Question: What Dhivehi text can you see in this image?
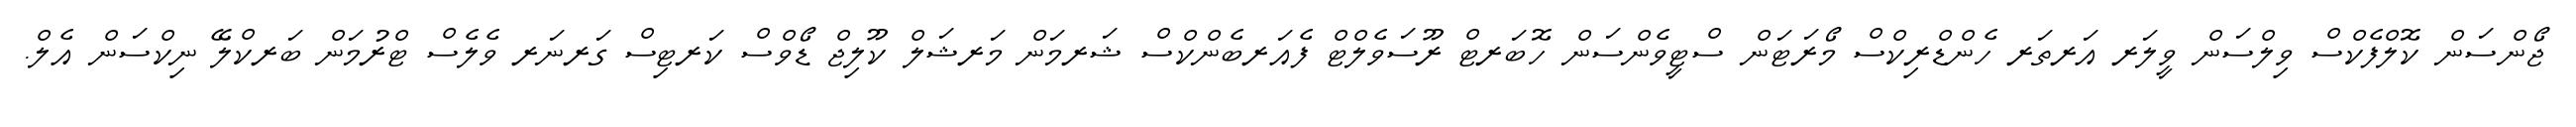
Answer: ޖޯންސަން ކޮލްފެކްސް ވިލްސަން ވީލަރ އަރތަރ ހެންޑްރިކްސް މޯރަޓަން ސްޓީވެންސަން ހޮބަރޓް ރޫސަވެލްޓް ފެއަރބެންކްސް ޝަރމަން މަރޝަލް ކޫލިޖް ޑޯވްސް ކަރޓިސް ގަރނަރ ވެލެސް ޓްރުމަން ބަރކްލޭ ނިކްސަން އެލް.